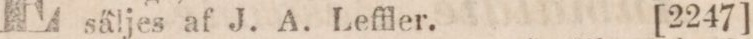
säljes af J. A. Leffler.    [2247]